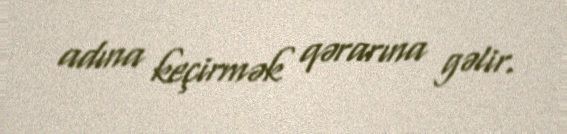
adına keçirmək qərarına gəlir.